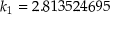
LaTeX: k _ { 1 } = 2 . 8 1 3 5 2 4 6 9 5